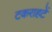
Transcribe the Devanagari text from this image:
टकराहटें